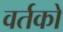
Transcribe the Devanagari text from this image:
वर्तकों